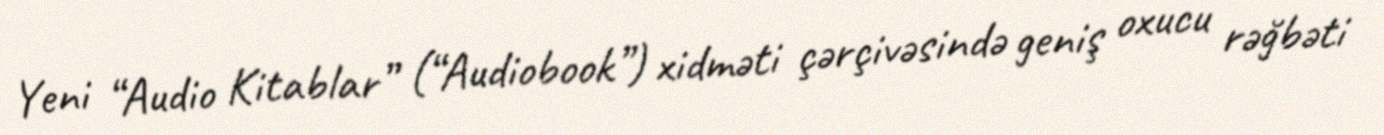
Yeni “Audio Kitablar” (“Audiobook”) xidməti çərçivəsində geniş oxucu rəğbəti